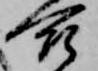
合